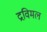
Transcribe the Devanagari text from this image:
द्रविमल